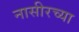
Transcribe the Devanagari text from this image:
नासीरच्या